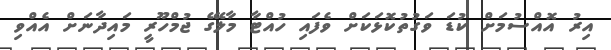
އިރު އޮއްސުމަށް ކުޑަ ވަގުތުކޮޅަކަށް ވެފައި ހުއްޓާ މާލޭގެ ޖުމްހޫރީ މައިދާނަށް އެއްވި